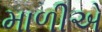
માળીએ